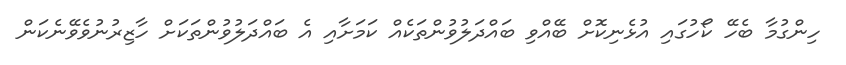
ހިންގުމާ ބެހޭ ކޯހުގައި އުޅެނިކޮށް ބޭއްވި ބައްދަލުވުންތަކެއް ކަމަށާއި އެ ބައްދަލުވުންތަކަށް ހާޒިރުނުވެވޭނެކަން